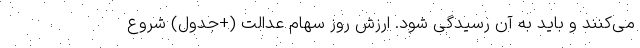
می‌کنند و باید به آن رسیدگی شود. ارزش روز سهام عدالت (+جدول) شروع